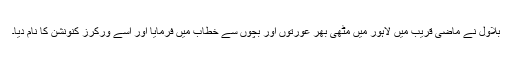
بلاول نے ماضی قریب میں لاہور میں مٹھی بھر عورتوں اور بچوں سے خطاب میں فرمایا اور اسے ورکرز کنونشن کا نام دیا۔